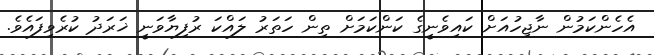
އެހެންކަމުން ނާޖިހުއަށް ކައިވެނީގެ ކަންކަމަށް ތިން ހަތަރު ލައްކަ ރުފިޔާވަނީ ޚަރަދު ކުރެވިފައެވެ.